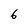
Character: 6